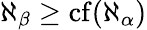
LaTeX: \aleph_{\beta}\geq\operatorname{cf}(\aleph_{\alpha})